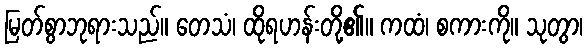
မြတ်စွာဘုရားသည်။ တေသံ၊ ထိုရဟန်းတို့၏။ ကထံ၊ စကားကို။ သုတွာ၊